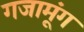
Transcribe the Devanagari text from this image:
गजामूंग